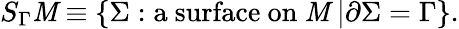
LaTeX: S_{\Gamma}\mathit{M}\equiv\{ \Sigma:\mathrm{{a~surface~on~\mathit{M}~}}|\partial\Sigma=\Gamma\} .